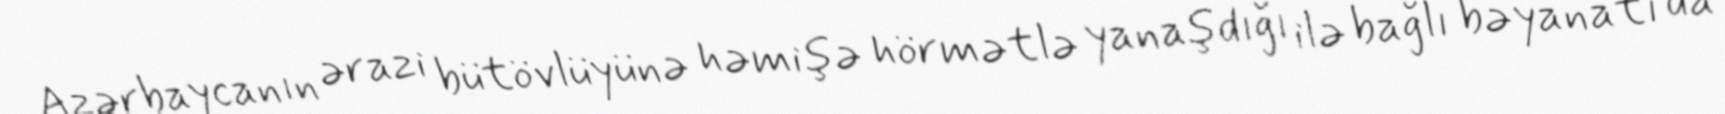
Azərbaycanın ərazi bütövlüyünə həmişə hörmətlə yanaşdığı ilə bağlı bəyanatı da